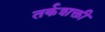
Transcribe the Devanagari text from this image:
तर्कशक्ती